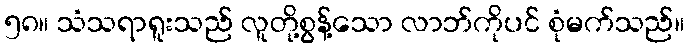
၅၈။ သံသရာရူးသည် လူတို့စွန့်သော လာဘ်ကိုပင် စုံမက်သည်။